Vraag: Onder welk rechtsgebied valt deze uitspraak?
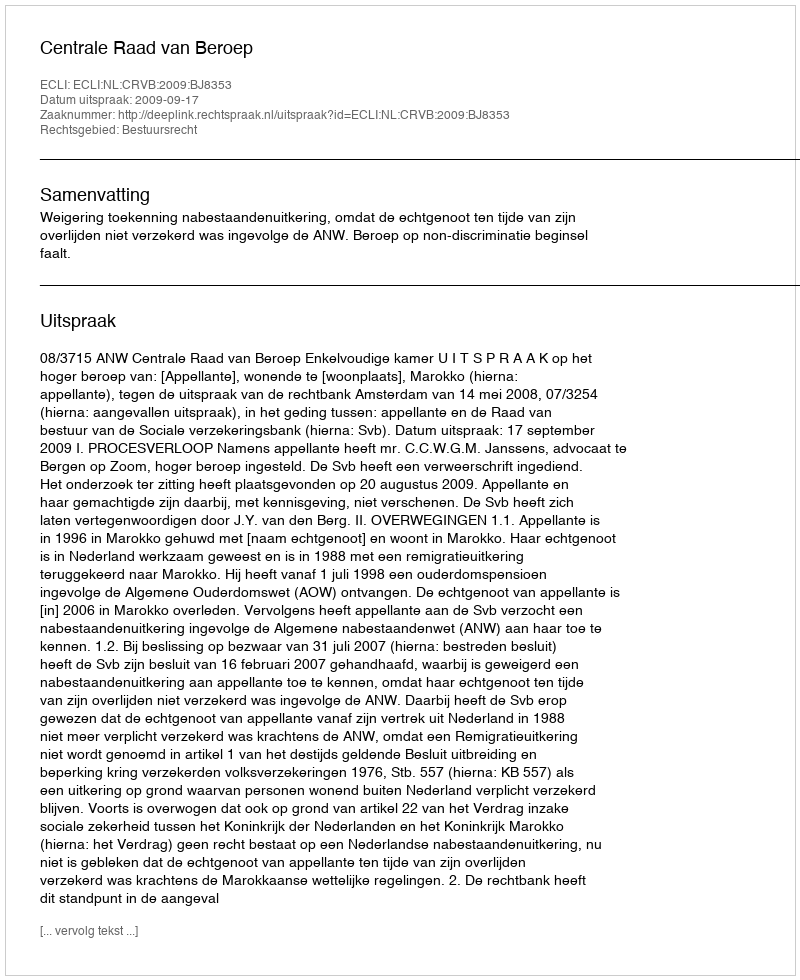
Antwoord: Bestuursrecht